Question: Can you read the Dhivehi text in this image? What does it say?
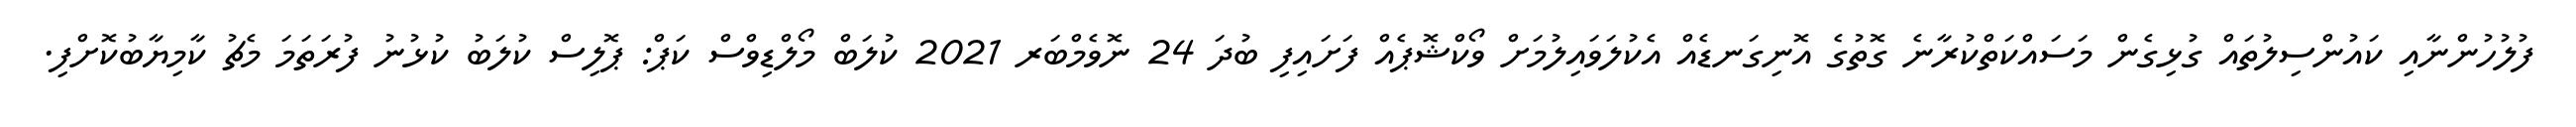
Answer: ފުލުހުންނާއި ކައުންސިލުތައް ގުޅިގެން މަސައްކަތްކުރާނެ ގޮތުގެ އޮނިގަނޑެއް އެކުލަވައިލުމަށް ވޯކްޝޮޕެއް ފަށައިފި ބުދަ 24 ނޮވެމްބަރ 2021 ކުލަބް މޯލްޑިވްސް ކަޕް: ޕޮލިސް ކުލަބު ކުޅުނު ފުރަތަމަ މެޗު ކާމިޔާބުކޮށްފި.